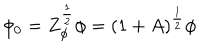
\phi _ { 0 } = Z _ { \phi } ^ { \frac { 1 } { 2 } } \phi = ( 1 + A ) ^ { \frac { 1 } { 2 } } \phi